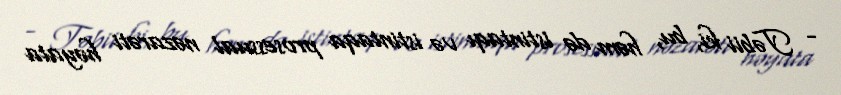
- Təbii ki, bu, həm də istintaqı və istintaqa prosessual nəzarəti həyata